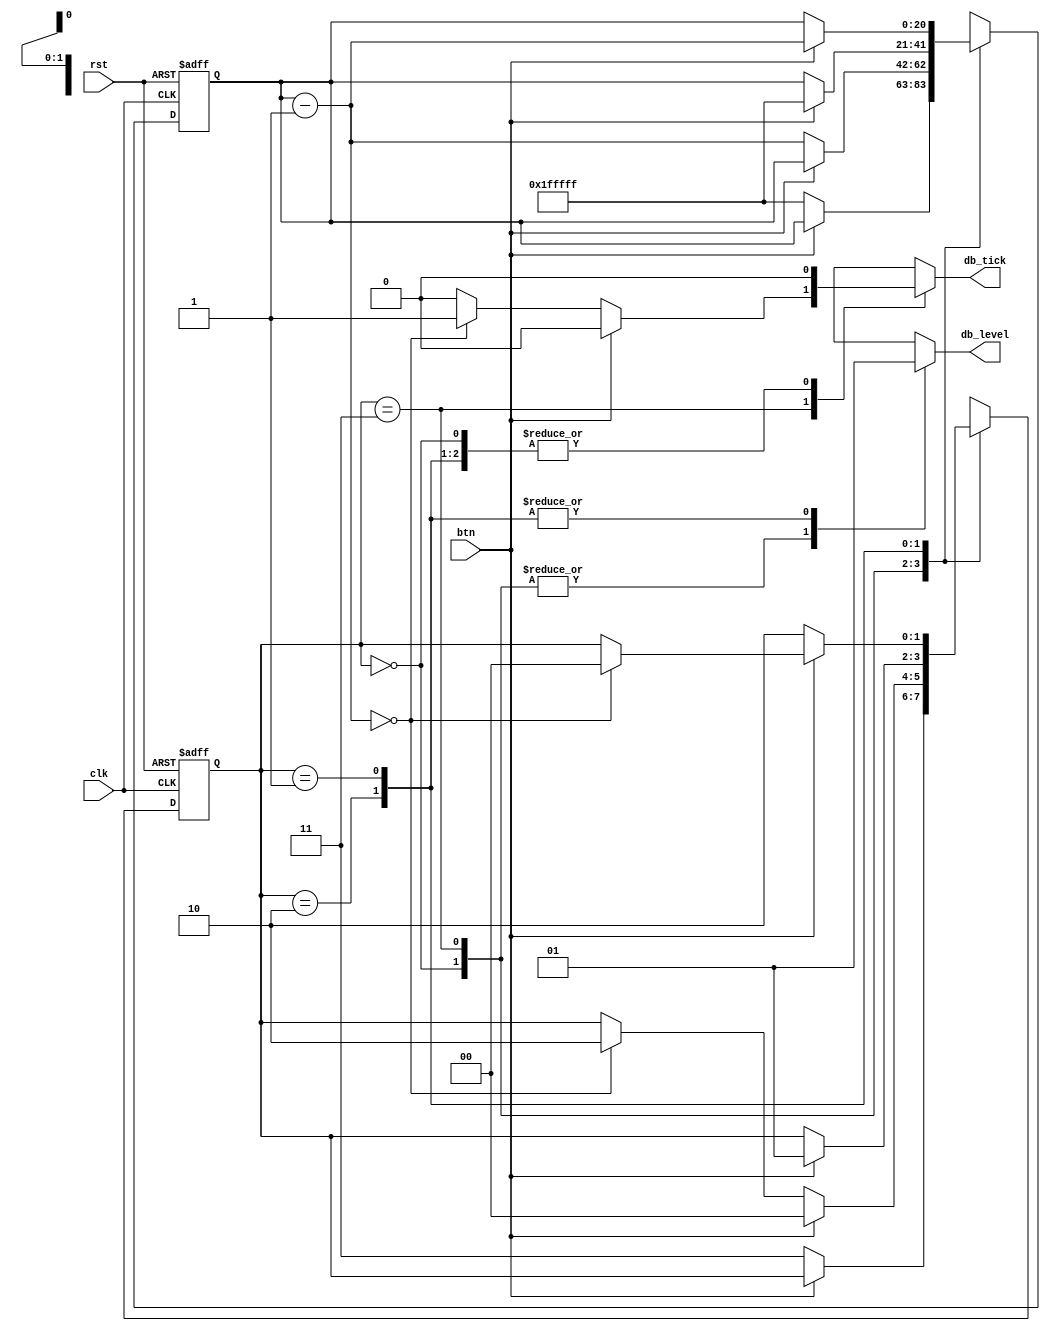
module debounce (
	input wire clk, rst, btn,
	output reg db_level, db_tick
);

localparam [1:0]
				zero = 2'b00,
				wait0 = 2'b01,
				one = 2'b10,
				wait1 = 2'b11;

localparam N = 21;  //21 for FPGA btn  4 for testing

reg [N-1:0] q_reg, q_next;
reg [1:0] state, next_state;

always @(posedge clk, negedge rst) begin
	if(!rst) begin
		state <= zero;
		q_reg <= 0;
	end else begin
		state <= next_state;
		q_reg <= q_next;
	end
end

always @* begin
	next_state = state; // default state: the same
	q_next = q_reg; // default q: unchnaged
	db_tick = 1'b0; // default output: 0
	case (state)
	zero : begin
		db_level = 1'b0;
		if (!btn) begin
			next_state = wait1;
			q_next = {N{1'b1}}; // load I..]
		end
	end
	wait1 : begin
	db_level = 1'b0;
		if (!btn) begin
			q_next = q_reg - 1;
			if (q_next == 0) begin
				next_state = one;
				db_tick = 1'b1;
			end
		end else // btn == 1
			next_state = zero;
	end
	one : begin
	db_level = 1'b1;
	if (btn) begin
		next_state = wait0;
		q_next = {N{1'b1}}; // load I.. I
		end
	end
	wait0 : begin  //state = 01
	db_level = 1'b1;
	if (btn) begin
		q_next = q_reg - 1;
		if (q_next == 0)
		next_state = zero;
		end
	else // btn==l
		next_state = one;
	end
	default : next_state = zero;
	endcase
end



endmodule